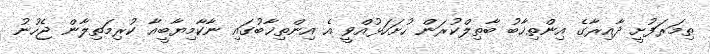
ތިމަރަފުށީ ދާއިރާގެ އިންތިޚާބު ބާތިލްކުރަން ހުށަހަޅުއްވީ އެ އިންތިޚާބުގައި ނާކާމިޔާބީއާ ކުރިމަތިލާން ޖެހުނު